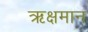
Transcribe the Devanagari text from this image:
ऋक्षमान